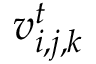
v _ { i , j , k } ^ { t }